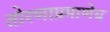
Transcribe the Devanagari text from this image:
तोरणाप्रमाणेच